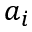
a _ { i }